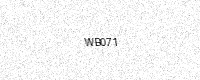
Text: WB071